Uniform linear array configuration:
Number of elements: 64
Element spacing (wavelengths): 0.5
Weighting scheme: hann
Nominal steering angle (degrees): -15
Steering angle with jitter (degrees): -15.488
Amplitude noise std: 0.05
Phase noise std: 0.05

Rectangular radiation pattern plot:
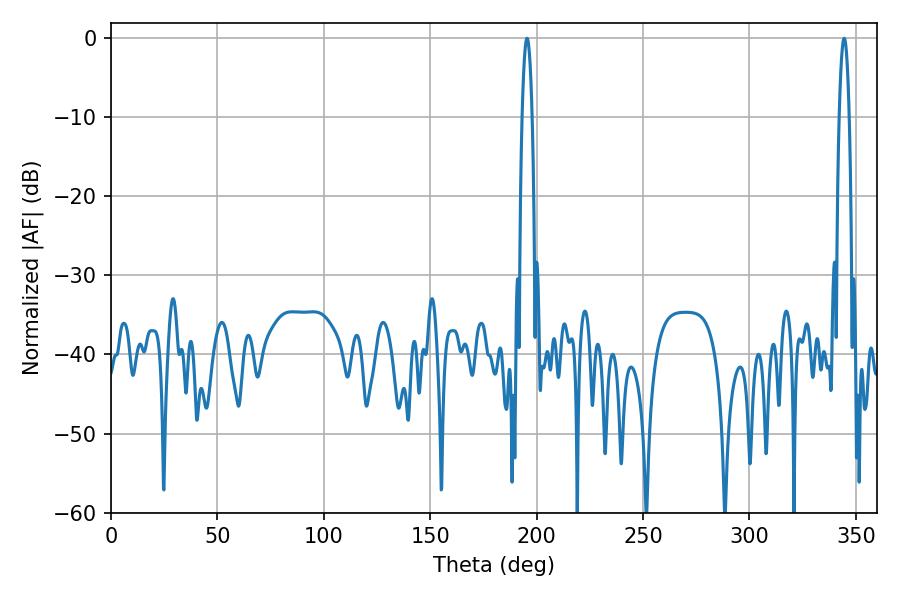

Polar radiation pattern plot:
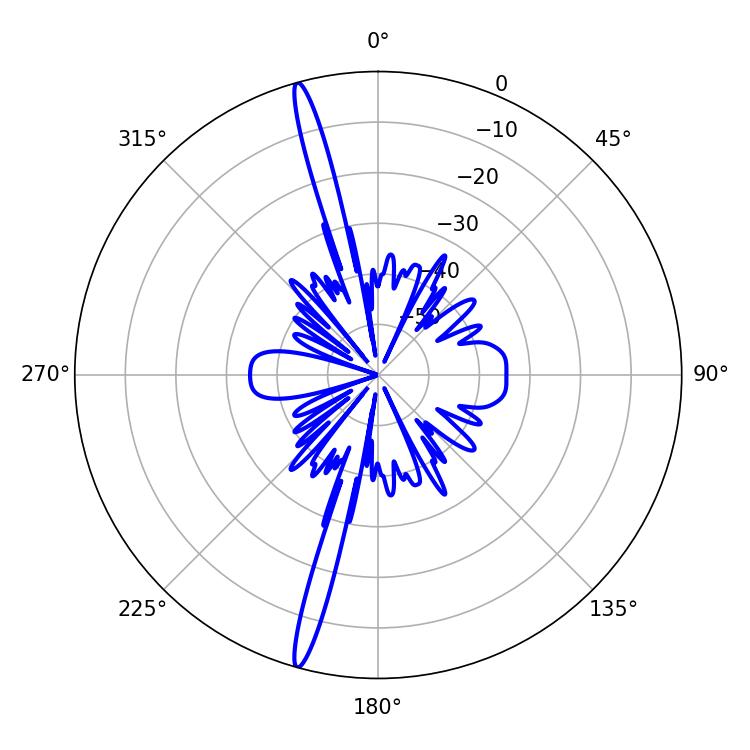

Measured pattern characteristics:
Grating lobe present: FALSE
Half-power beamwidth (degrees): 2.52
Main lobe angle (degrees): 344.52